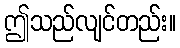
ဤသည်လျင်တည်း။